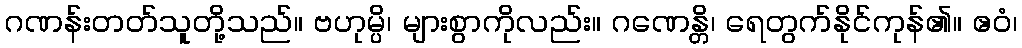
ဂဏန်းတတ်သူတို့သည်။ ဗဟုမ္ပိ၊ များစွာကိုလည်း။ ဂဏေန္တိ၊ ရေတွက်နိုင်ကုန်၏။ ဧဝံ၊